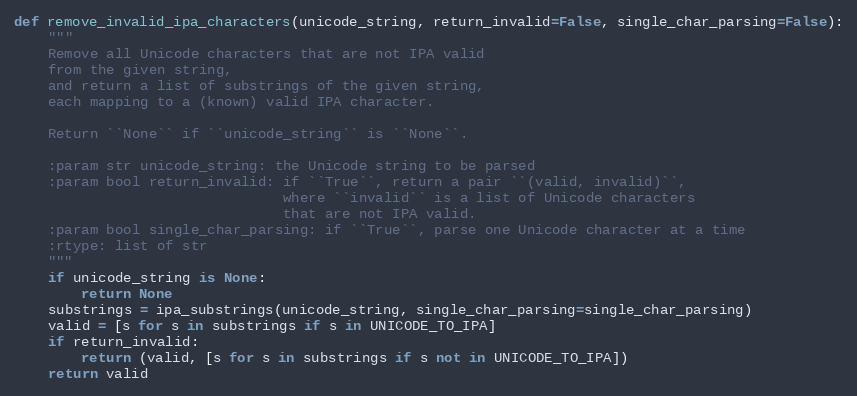
Language: Python
def remove_invalid_ipa_characters(unicode_string, return_invalid=False, single_char_parsing=False):
    """
    Remove all Unicode characters that are not IPA valid
    from the given string,
    and return a list of substrings of the given string,
    each mapping to a (known) valid IPA character.

    Return ``None`` if ``unicode_string`` is ``None``.

    :param str unicode_string: the Unicode string to be parsed
    :param bool return_invalid: if ``True``, return a pair ``(valid, invalid)``,
                                where ``invalid`` is a list of Unicode characters
                                that are not IPA valid.
    :param bool single_char_parsing: if ``True``, parse one Unicode character at a time
    :rtype: list of str
    """
    if unicode_string is None:
        return None
    substrings = ipa_substrings(unicode_string, single_char_parsing=single_char_parsing)
    valid = [s for s in substrings if s in UNICODE_TO_IPA]
    if return_invalid:
        return (valid, [s for s in substrings if s not in UNICODE_TO_IPA])
    return valid